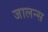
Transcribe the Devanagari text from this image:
जालन्स